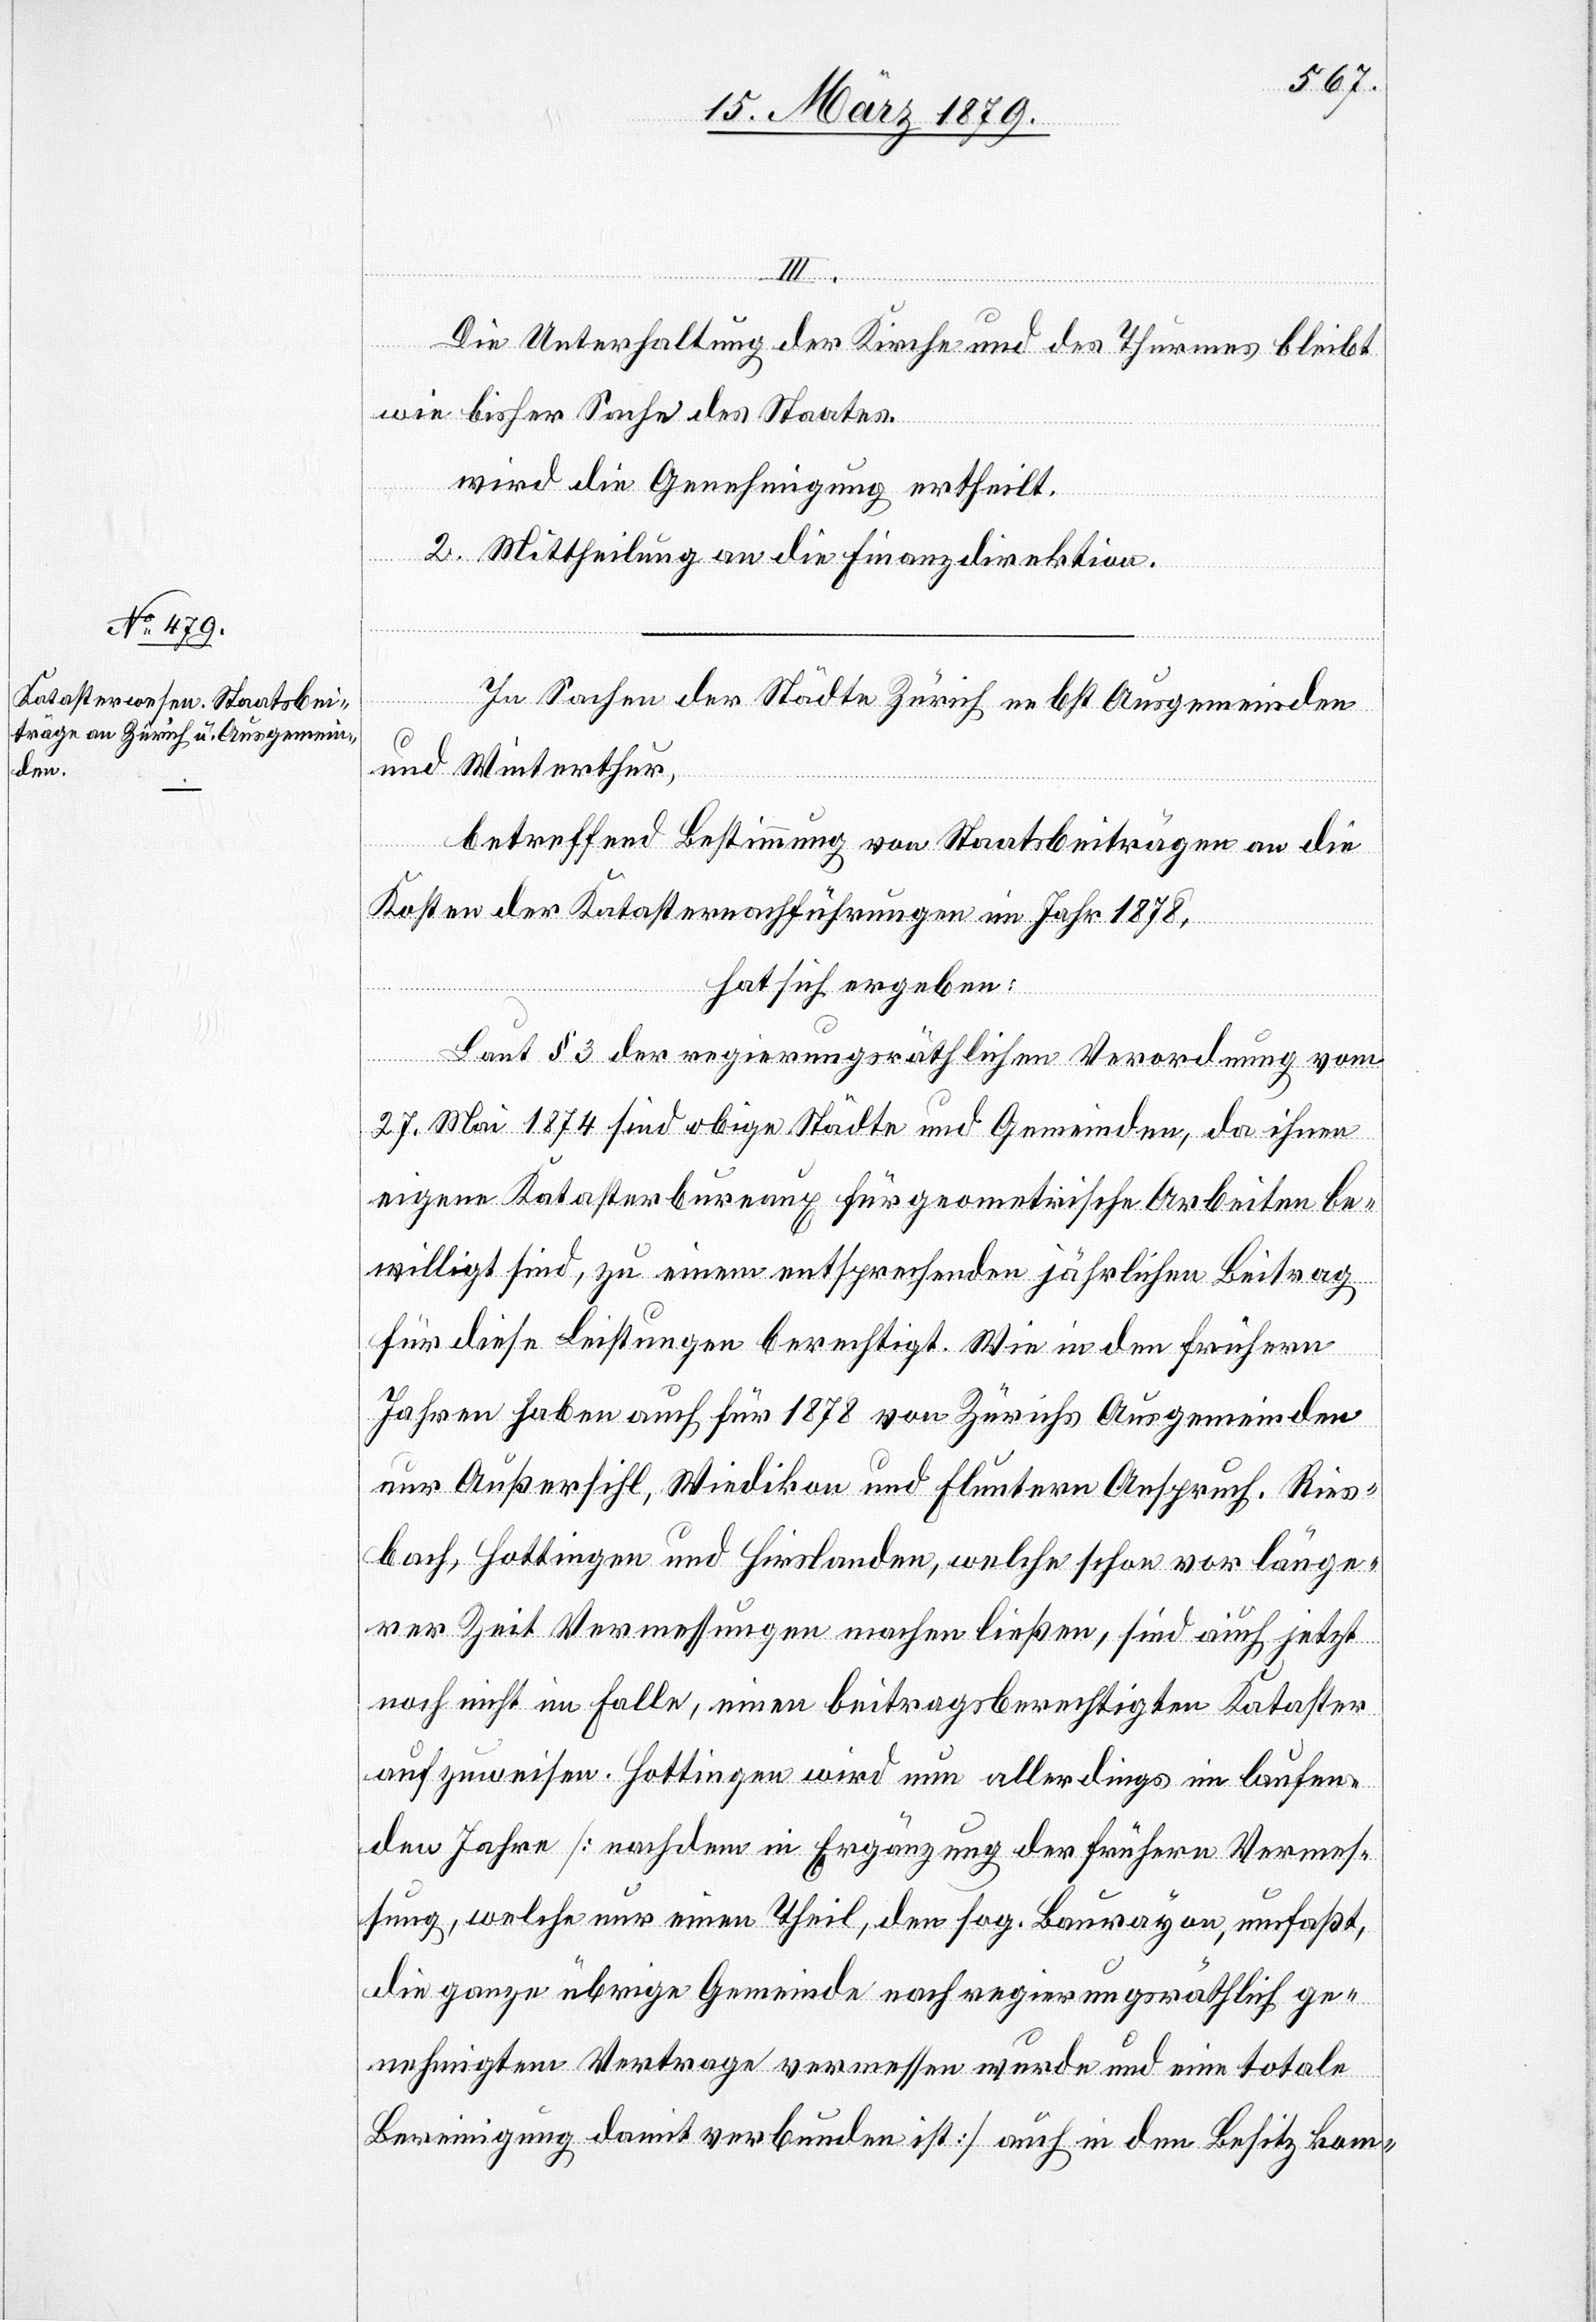
Die Unterhaltung der Kirche und des Thurmes bleibt
wie bisher Sache des Staates.
wird die Genehmigung ertheilt.
2. Mittheilung an die Finanzdirektion.
In Sachen der Städte Zürich nebst Ausgemeinden
und Winterthur,
betreffend Bestimmung von Staatsbeiträgen an die
Kosten der Katasternachführungen im Jahr 1878,
hat sich ergeben:
Laut § 3 der regierungsräthlichen Verordnung vom
27. Mai 1874 sind obige Städte und Gemeinden, da ihnen
eigene Katasterbureaux für geometrische Arbeiten be¬
willigt sind, zu einem entsprechenden jährlichen Beitrag
für diese Leistungen berechtigt. Wie in den frühern
Jahren haben auch für 1878 von Zürichs Ausgemeinden
nur Außersihl, Wiedikon und Fluntern Anspruch. Ries¬
bach, Hottingen und Hirslanden, welche schon vor länge¬
rer Zeit Vermessungen machen ließen, sind auch jetzt
noch nicht im Falle, einen beitragsberechtigten Kataster
aufzuweisen. Hottingen wird nun allerdings im laufen¬
den Jahre [nachdem in Ergänzung der frühern Vermes¬
sung, welche nur einen Theil, den sog. Baurayon, umfaßt,
die ganze übrige Gemeinde nach regierungsräthlich ge¬
nehmigtem Vertrage vermessen wurde und eine totale
Bereinigung damit verbunden ist] auch in den Besitz kom-